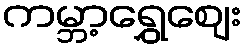
ကမ္ဘာ့ရွှေဈေး